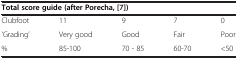
| <COLSPAN=5> Total score guide (after Porecha, [[7]]) |
 | --- | --- | --- | --- | --- |
 | Clubfoot | 11 | 9 | 7 | 0 |
 | ‘Grading’ | Very good | Good | Fair | Poor |
 | % | 85-100 | 70 - 85 | 60-70 | <50 |